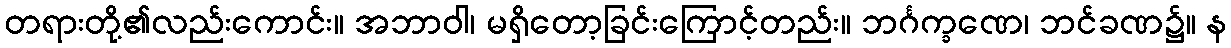
တရားတို့၏လည်းကောင်း။ အဘာဝါ၊ မရှိတော့ခြင်းကြောင့်တည်း။ ဘင်္ဂက္ခဏေ၊ ဘင်ခဏ၌။ န